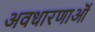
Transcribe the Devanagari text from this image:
अवधारणाऒं